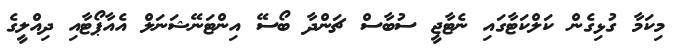
މިކަމާ ގުޅިގެން ކަލްކަޓާގައި ނެޓާޖީ ސުބާސް ޗަންދާ ބޯޯސޭ އިންޓަނޭޝަނަލް އެއާޕޯޓާއި ދިއްލީގެ